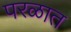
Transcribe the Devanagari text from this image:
परळात